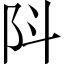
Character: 阧